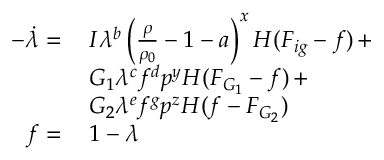
\begin{array} { r l } { - \dot { \lambda } = \, } & { I \lambda ^ { b } \left( \frac { \rho } { \rho _ { 0 } } - 1 - a \right) ^ { x } H ( F _ { i g } - f ) \, + } \\ & { G _ { 1 } \lambda ^ { c } f ^ { d } p ^ { y } H ( F _ { G _ { 1 } } - f ) \, + } \\ & { G _ { 2 } \lambda ^ { e } f ^ { g } p ^ { z } H ( f - F _ { G _ { 2 } } ) } \\ { f = \, } & { 1 - \lambda } \end{array}